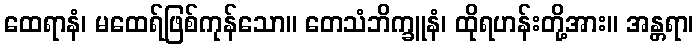
ထေရာနံ၊ မထေရ်ဖြစ်ကုန်သော။ တေသံဘိက္ခူနံ၊ ထိုရဟန်းတို့အား။ အန္တရာ၊